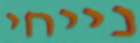
נייחי